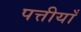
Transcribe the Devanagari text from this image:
पत्तीयाँ